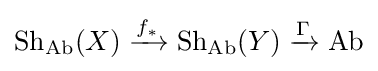
\mathrm {Sh_{Ab}} (X)\xrightarrow {f_{*}} \mathrm {Sh_{Ab}} (Y)\xrightarrow {\Gamma } \mathrm {Ab}